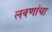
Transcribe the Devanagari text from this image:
लवणांचा